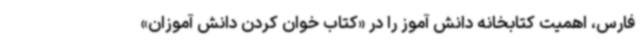
فارس، اهمیت کتابخانه دانش آموز را در «کتاب خوان کردن دانش آموزان»